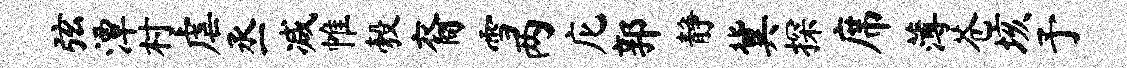
弦潭村虐丞减帷彀裔雪两庀郭静冀探席薄苍垓予